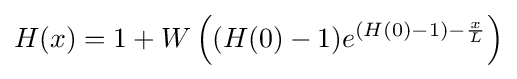
H(x)=1+W\left((H(0)-1)e^{(H(0)-1)-{\frac {x}{L}}}\right)